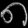
Digit: ၈